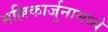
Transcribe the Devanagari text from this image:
मल्लिकार्जुनामध्ये